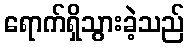
ရောက်ရှိသွားခဲ့သည်